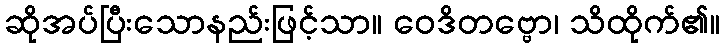
ဆိုအပ်ပြီးသောနည်းဖြင့်သာ။ ဝေဒိတဗ္ဗော၊ သိထိုက်၏။